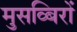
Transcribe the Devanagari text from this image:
मुसव्बिरों